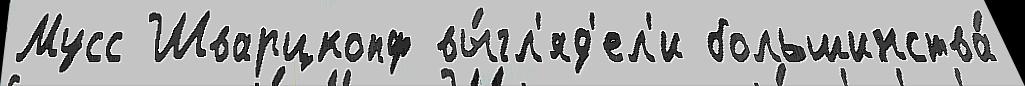
Мусс Шварцкопф вы́гл'яд'ел'и большинства́